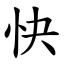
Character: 快